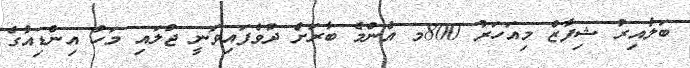
ބަލާއިރު ޝިފާޒް މިއަހަރު 800މ އެންމެ ބާރަށް ދުވެފައިވަނީ ޖުލައި މަހު އިންޑިއާގެ